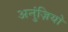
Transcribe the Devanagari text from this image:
अनुंज़ियो